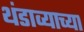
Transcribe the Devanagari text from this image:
थंडाव्याच्या